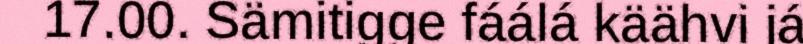
17.00. Sämitigge fáálá käähvi já